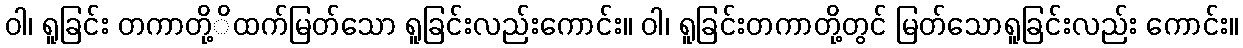
ဝါ၊ ရူခြင်း တကာတို့ိထက်မြတ်သော ရူခြင်းလည်းကောင်း။ ဝါ၊ ရူခြင်းတကာတို့တွင် မြတ်သောရူခြင်းလည်း ကောင်း။